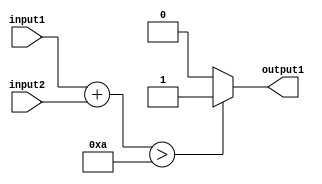
module generate_task(input input1, input input2, output output1);
  
  reg internal_reg;
  
  always @(input1 or input2)
  begin
    internal_reg = input1 + input2;
    
    if (internal_reg > 10)
      output1 <= 1;
    else
      output1 <= 0;
  end

endmodule